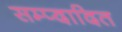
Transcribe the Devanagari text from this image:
सम्प्दादित